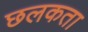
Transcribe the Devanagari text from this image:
छलकता